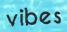
vibes